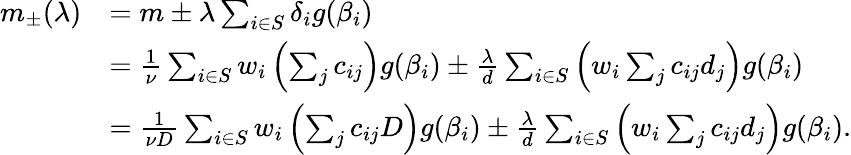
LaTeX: \begin{array}{rl}{m_{\pm}(\lambda)}&{=m\pm\lambda\sum_{i\in S}\delta_{i}g(\beta_{i})}\\ &{=\frac{1}{\nu}\sum_{i\in S}w_{i}\left(\sum_{j}c_{ij}\right)g(\beta_{i})\pm\frac{\lambda}{d}\sum_{i\in S}\left(w_{i}\sum_{j}c_{ij}d_{j}\right)g(\beta_{i})}\\ &{=\frac{1}{\nu D}\sum_{i\in S}w_{i}\left(\sum_{j}c_{ij}D\right)g(\beta_{i})\pm\frac{\lambda}{d}\sum_{i\in S}\left(w_{i}\sum_{j}c_{ij}d_{j}\right)g(\beta_{i}).}\end{array}